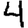
Digit: 4